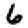
Digit: 6